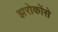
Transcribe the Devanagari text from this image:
झरोकोंसे